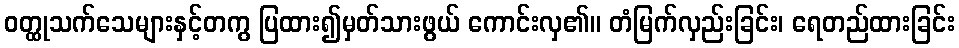
ဝတ္ထုသက်သေများနှင့်တကွ ပြထား၍မှတ်သားဖွယ် ကောင်းလှ၏။ တံမြက်လှည်းခြင်း၊ ရေတည်ထားခြင်း